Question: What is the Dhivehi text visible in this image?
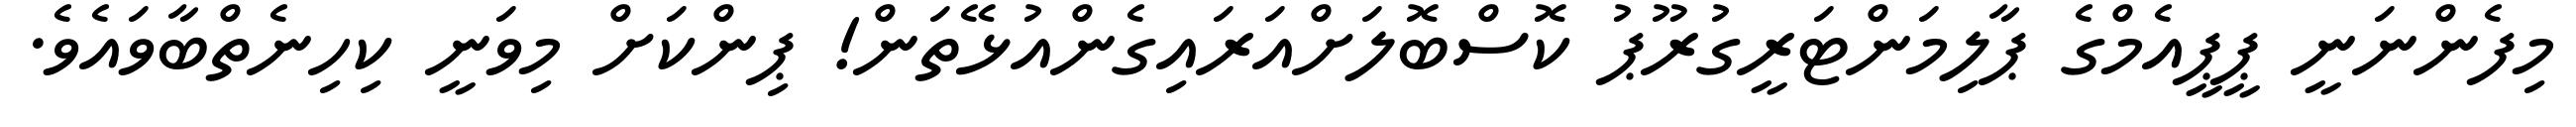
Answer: މިފެންނަނީ ޕީޕީއެމްގެ ޕާލިމަންޓަރީގުރޫޕު ކޮސްބޮލަށްއަރައިގެންއުޅޭތަން! ޕިންކަށް މިވަނީ ކިހިނެތްބާވައެވެ.